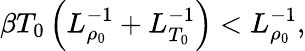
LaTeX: \beta T_{0}\left(L_{\rho_{0}}^{-1}+L_{T_{0}}^{-1}\right)<L_{\rho_{0}}^{-1},